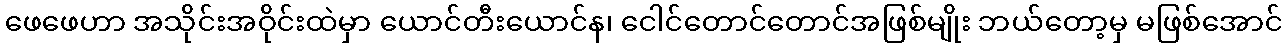
ဖေဖေဟာ အသိုင်းအဝိုင်းထဲမှာ ယောင်တီးယောင်န၊ ငေါင်တောင်တောင်အဖြစ်မျိုး ဘယ်တော့မှ မဖြစ်အောင်